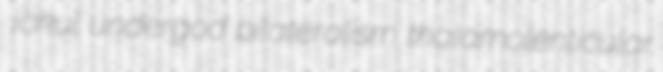
jokul undergod bilateralism thalamolenticular